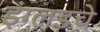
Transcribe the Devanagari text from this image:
इंग्लडचे